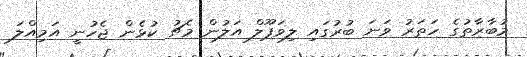
މުބާރާތުގެ ހަތަރު ވަނަ ބުރުގައި ލިވަޕޫލް އަލުން މެޗު ކުޅެން ޖެހުނީ އަމިއްލަ